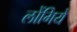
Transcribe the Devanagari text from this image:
लोंगिये